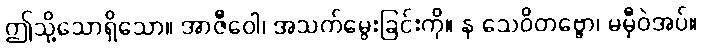
ဤသို့သောရှိသော။ အာဇီဝေါ၊ အသက်မွေးခြင်းကို။ န သေဝိတဗ္ဗော၊ မမှီဝဲအပ်။